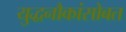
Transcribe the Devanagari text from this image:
युद्धनौकांसोबत